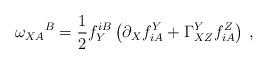
LaTeX: \begin{align*}\omega _{XA}{}^B=\frac 12 f_Y^{iB}\left( \partial _X f_{iA}^Y+\Gamma _{XZ}^Yf_{iA}^Z\right) \,, \end{align*}